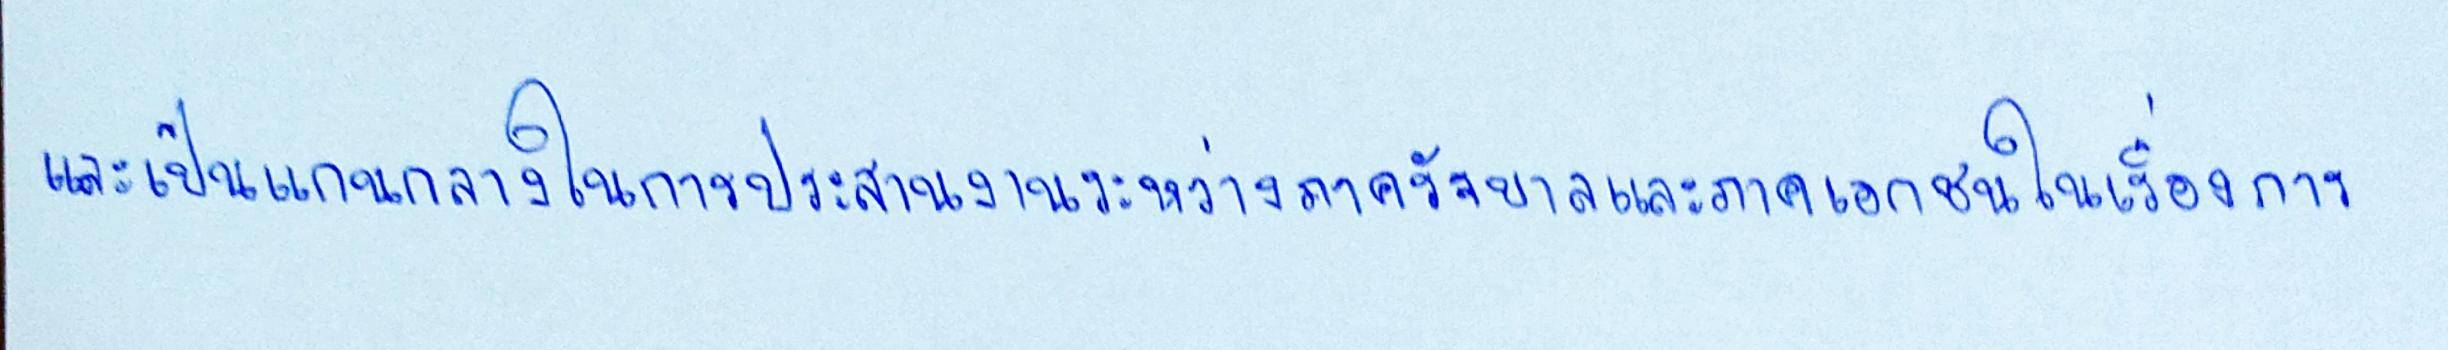
และเป็นแกนกลางในการประสานงานระหว่างภาครัฐบาลและภาคเอกชนในเรื่องการ